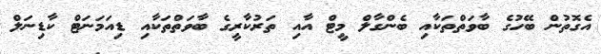
އެގޮތުން ބޭހުގެ ބާވަތްތަކާއި ބެންގާލް މީޓް އާއި ތަރުކާރީގެ ބާވަތްތަކާއި ޑިއަމަނަޓް ކާޑިނަލް